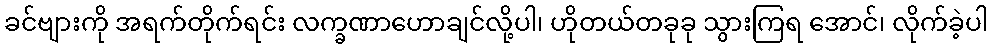
ခင်ဗျားကို အရက်တိုက်ရင်း လက္ခဏာဟောချင်လို့ပါ၊ ဟိုတယ်တခုခု သွားကြရ အောင်၊ လိုက်ခဲ့ပါ